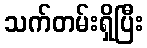
သက်တမ်းရှိပြီး